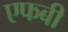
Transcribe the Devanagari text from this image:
एफबी